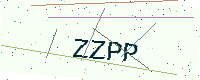
Text: ZZPP